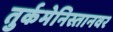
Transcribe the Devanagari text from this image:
तुर्कमेनिस्तानवर